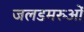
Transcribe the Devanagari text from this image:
जलडमरुओं